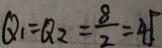
Q _ { 1 } = Q _ { 2 } = \frac { 8 } { 2 } = 4 5 .